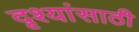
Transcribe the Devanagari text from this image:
दृश्यांसाठी